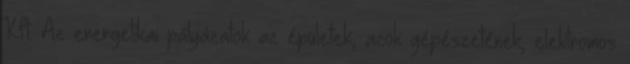
Kft. Az energetikai pályázatok az épületek, azok gépészetének, elektromos